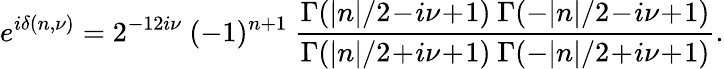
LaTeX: e^{i\delta(n,\nu)}=2^{-12i\nu}\ (-1)^{n+1}\ \frac{\Gamma(\vert n\vert/2\! -\! i\nu\! +\! 1)\ \Gamma(-\vert n\vert/2\! -\! i\nu\! +\! 1)}{\Gamma(\vert n\vert/2\! +\! i\nu\! +\! 1)\ \Gamma(-\vert n\vert/2\! +\! i\nu\! +\! 1)}.